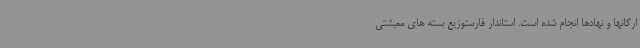
ارگانها و نهادها انجام شده است. استاندار فارستوزیع بسته های معیشتی